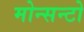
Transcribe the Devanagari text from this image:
मोन्सन्टो